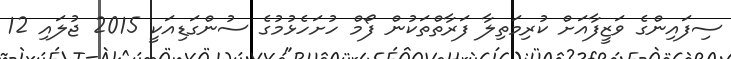
ސިފައިންގެ ވަޒީފާއަށް ކުރިމަތިލާ ފަރާތްތަކުން ފޯމް ހުށަހެޅުމުގެ ސުންގަޑިއަކީ 2015 ޖުލައި 12